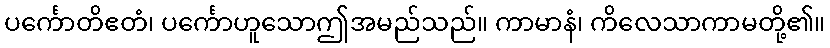
ပင်္ကောတိဧတံ၊ ပင်္ကောဟူသောဤအမည်သည်။ ကာမာနံ၊ ကိလေသာကာမတို့၏။